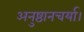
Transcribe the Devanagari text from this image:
अनुष्ठानचर्या।